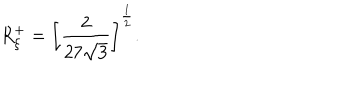
R _ { \xi } ^ { + } = \left[ \frac { 2 } { 2 7 \sqrt { 3 } } \right] ^ { \frac { 1 } { 2 } } .